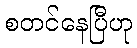
စတင်နေပြီဟု